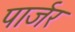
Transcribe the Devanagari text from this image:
पार्जर